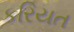
કરિયત